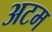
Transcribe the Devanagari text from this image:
अटम